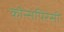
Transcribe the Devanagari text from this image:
कौन्सपिरेसी